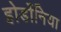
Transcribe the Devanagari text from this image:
होर्डोनिया